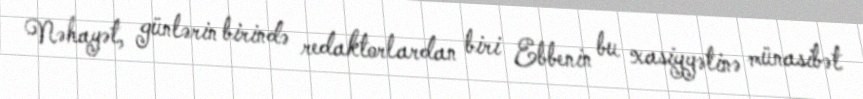
Nəhayət, günlərin birində redaktorlardan biri Ebbenin bu xasiyyətinə münasibət